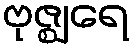
ဗုဇ္ဈရေ